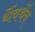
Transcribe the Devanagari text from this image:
थेंबथेंब